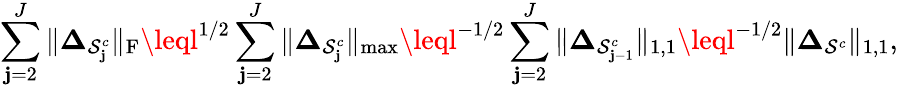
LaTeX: \sum_{\mathbf{j}=2}^{J}\| \boldsymbol{\Delta}_{\mathcal{{S}}_{\mathbf{j}}^{c}}\| _{\mathrm{{F}}}\leql^{1/2}\sum_{\mathbf{j}=2}^{J}\| \boldsymbol{\Delta}_{\mathcal{{S}}_{\mathbf{j}}^{c}}\| _{\operatorname*{max}}\leql^{-1/2}\sum_{\mathbf{j}=2}^{J}\| \boldsymbol{\Delta}_{\mathcal{{S}}_{\mathbf{j}-1}^{c}}\| _{1,1}\leql^{-1/2}\| \boldsymbol{\Delta}_{\mathcal{{S}}^{c}}\| _{1,1},